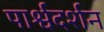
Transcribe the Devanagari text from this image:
पार्श्वदर्शन